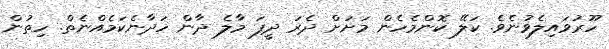
ހޫރުވައިލެވުނެވެ. ކަލޭ ކޮންމެހެން މަށަށް ދެރަ ދީފަ މާލެ ދާން ހަދާނެކަމެއްނެތް. ހިތުން